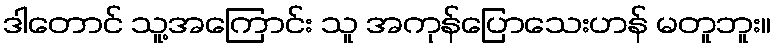
ဒါတောင် သူ့အကြောင်း သူ အကုန်ပြောသေးဟန် မတူဘူး။